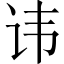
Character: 讳